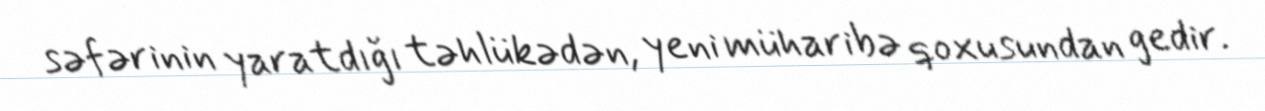
səfərinin yaratdığı təhlükədən, yeni müharibə qoxusundan gedir.